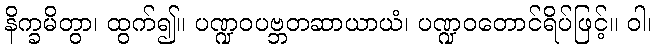
နိက္ခမိတွာ၊ ထွက်၍။ ပဏ္ဍဝပဗ္ဘတဆာယာယံ၊ ပဏ္ဍဝတောင်ရိပ်ဖြင့်။ ဝါ၊